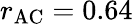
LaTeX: r_{\mathrm{AC}}=0.64